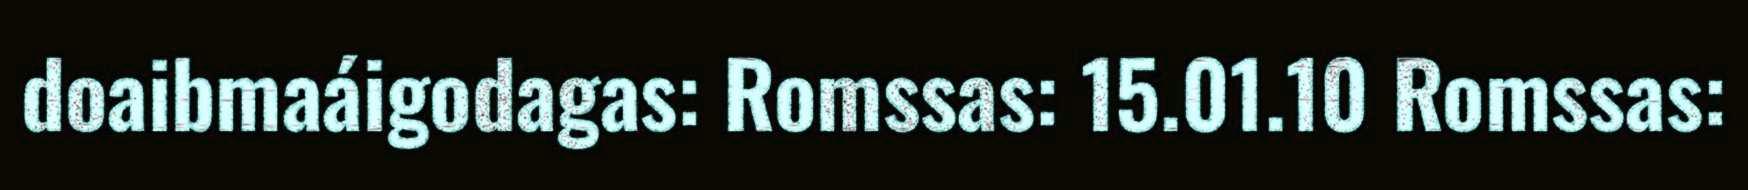
doaibmaáigodagas: Romssas: 15.01.10 Romssas: